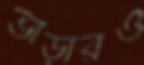
ভাড়ারও